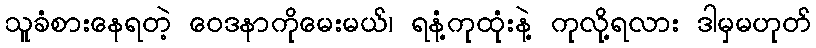
သူခံစားနေရတဲ့ ဝေဒနာကိုမေးမယ်၊ ရနံ့ကုထုံးနဲ့ ကုလို့ရလား ဒါမှမဟုတ်